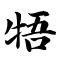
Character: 牾